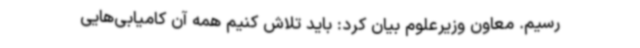
رسیم. معاون وزیرعلوم بیان کرد: باید تلاش کنیم همه آن کامیابی‌هایی